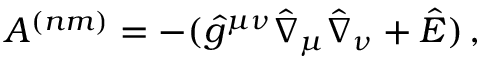
A ^ { ( n m ) } = - ( \hat { g } ^ { \mu \nu } \hat { \nabla } _ { \mu } \hat { \nabla } _ { \nu } + \hat { E } ) \, ,